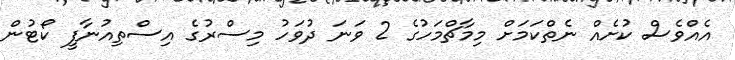
އެއްވެސް ކުށެއް ނެތްކަމަށް މިމާޗްމަހުގެ 2 ވަނަ ދުވަހު މިސްރުގެ އިސްތިއުނާފީ ކޯޓުން